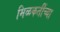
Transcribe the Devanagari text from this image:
मिळकतींच्या